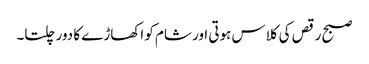
صبح رقص کی کلاس ہوتی اور شام کو اکھاڑے کا دور چلتا۔